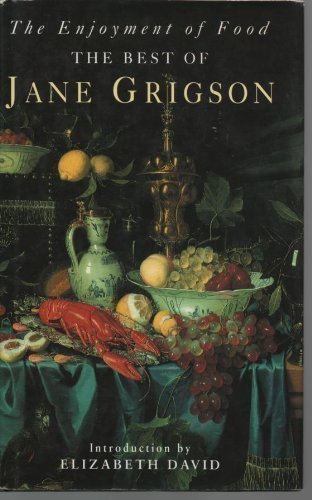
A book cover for The Enjoyment of Food: The Best of Jane Grigson; Jane Grigson; Cookbooks, Food & Wine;